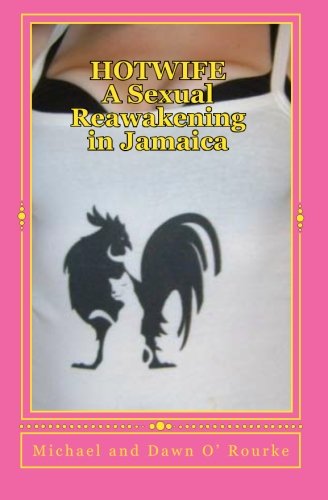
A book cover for HOTWIFE A Sexual Reawakening in Jamaica; Michael and Dawn O' Rourke; Romance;